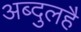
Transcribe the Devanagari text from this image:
अब्दुलहै